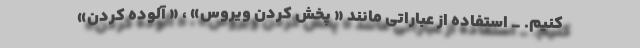
کنیم. _ استفاده از عباراتی مانند « پخش کردن ویروس» ، « آلوده کردن»